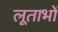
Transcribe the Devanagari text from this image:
लूताभों